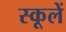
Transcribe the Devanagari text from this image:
स्कूलें